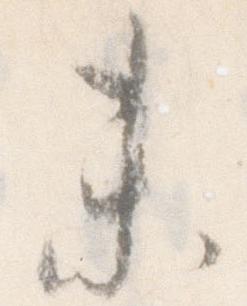
未